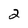
Character: 2